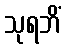
သုရဘိံ